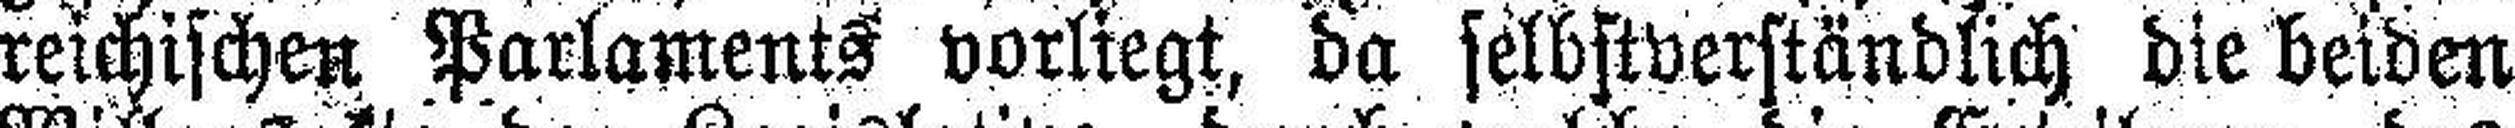
reichischen Parlaments vorliegt, da selbstverständlich die beiden